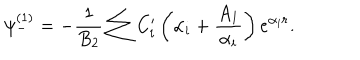
\psi _ { - } ^ { ( 1 ) } = - \frac 1 { B _ { 2 } } \sum C _ { i } ^ { \prime } \left( \alpha _ { i } + \frac { A _ { 1 } } { \alpha _ { i } } \right) e ^ { \alpha _ { i } r } .